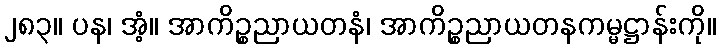
၂၈၃။ ပန၊ အံ့။ အာကိဉ္စညာယတနံ၊ အာကိဉ္စညာယတနကမ္မဋ္ဌာန်းကို။